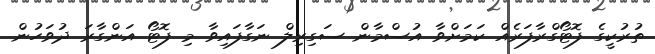
ތުރުކީގެ ފޮޓޯގްރާފަރެއް ކަމަށްވާ އުސްމާން ސަގިރިލް ނަގާފައިިވާ މި ފޮޓޯ އަންގާރަ ދުވަހުން